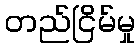
တည်ငြိမ်မှု